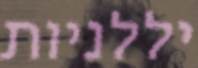
יללניות